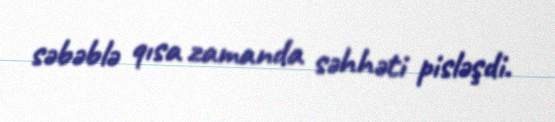
səbəblə qısa zamanda səhhəti pisləşdi.